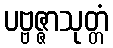
ပဗ္ဗဇ္ဇာသုတ္တံ